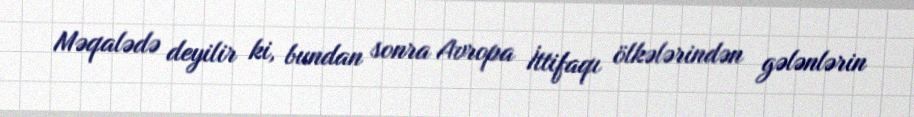
Məqalədə deyilir ki, bundan sonra Avropa İttifaqı ölkələrindən gələnlərin